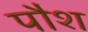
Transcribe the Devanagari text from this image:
पौश